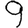
Digit: 9